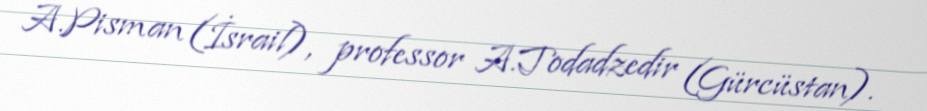
A.Pisman (İsrail), professor A.Todadzedir (Gürcüstan).